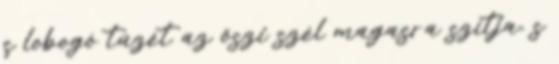
s lobogó tüzét az őszi szél magasra szítja, s